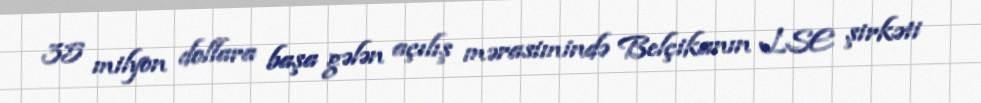
35 milyon dollara başa gələn açılış mərasimində Belçikanın LSE şirkəti